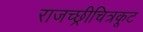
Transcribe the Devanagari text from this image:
राजच्छ्रीचित्रकूट